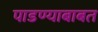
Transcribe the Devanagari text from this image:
पाडण्याबाबत